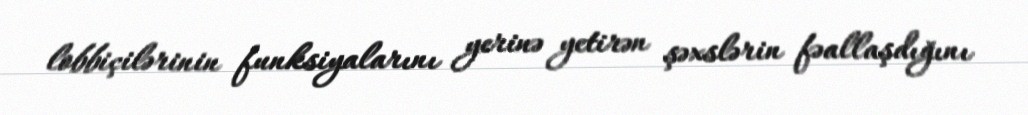
lobbiçilərinin funksiyalarını yerinə yetirən şəxslərin fəallaşdığını